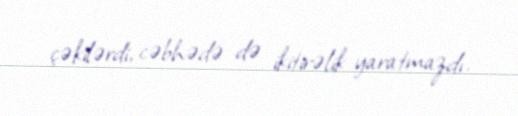
çəkilərdi, cəbhədə də ikitirəlik yaratmazdı.